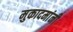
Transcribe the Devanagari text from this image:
मुकादमांनी